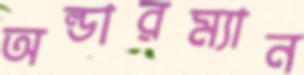
অল্ডারম্যান